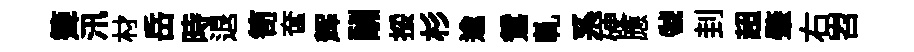
𥱼汛材岳時退笥奩辉酬挼杉逾鴛乹系硬應虢刲超肇右岧